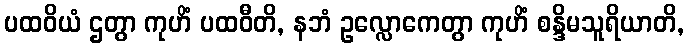
ပထဝိယံ ဌတွာ ကုဟိံ ပထဝီတိ, နဘံ ဥလ္လောကေတွာ ကုဟိံ စန္ဒိမသူရိယာတိ,